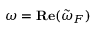
\omega = \mathbf { R e } ( \tilde { \omega } _ { F } )